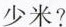
少米?